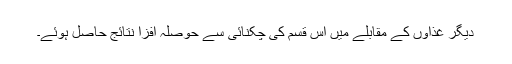
دیگر غذاؤں کے مقابلے میں اس قسم کی چکنائی سے حوصلہ افزا نتائج حاصل ہوئے۔